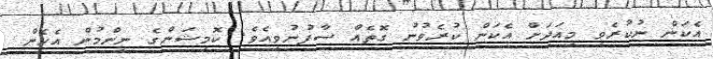
އެކަން ނުކުރެވި މިއަދަށް އެކަން ކުރެވުނު ގޮތެއް ސާފުނުވިއެވެ. ކޮމިޝަންގެ ނިންމުން އެހެން